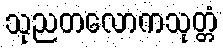
သုညတလောကသုတ္တံ